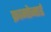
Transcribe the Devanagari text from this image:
फ्रागोनार्ड